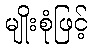
မျိုးစုံဖြင့်